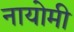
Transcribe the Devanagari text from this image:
नायोमी